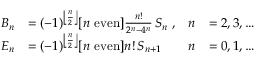
{ \begin{array} { r l r l } { B _ { n } } & { = ( - 1 ) ^ { \left\lfloor { \frac { n } { 2 } } \right\rfloor } [ n { \mathrm { ~ e v e n } } ] { \frac { n ! } { 2 ^ { n } - 4 ^ { n } } } \, S _ { n } \ , } & { n } & { = 2 , 3 , \ldots } \\ { E _ { n } } & { = ( - 1 ) ^ { \left\lfloor { \frac { n } { 2 } } \right\rfloor } [ n { \mathrm { ~ e v e n } } ] n ! \, S _ { n + 1 } } & { n } & { = 0 , 1 , \ldots } \end{array} }